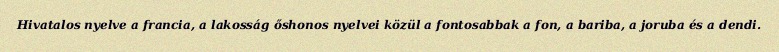
Hivatalos nyelve a francia, a lakosság őshonos nyelvei közül a fontosabbak a fon, a bariba, a joruba és a dendi.